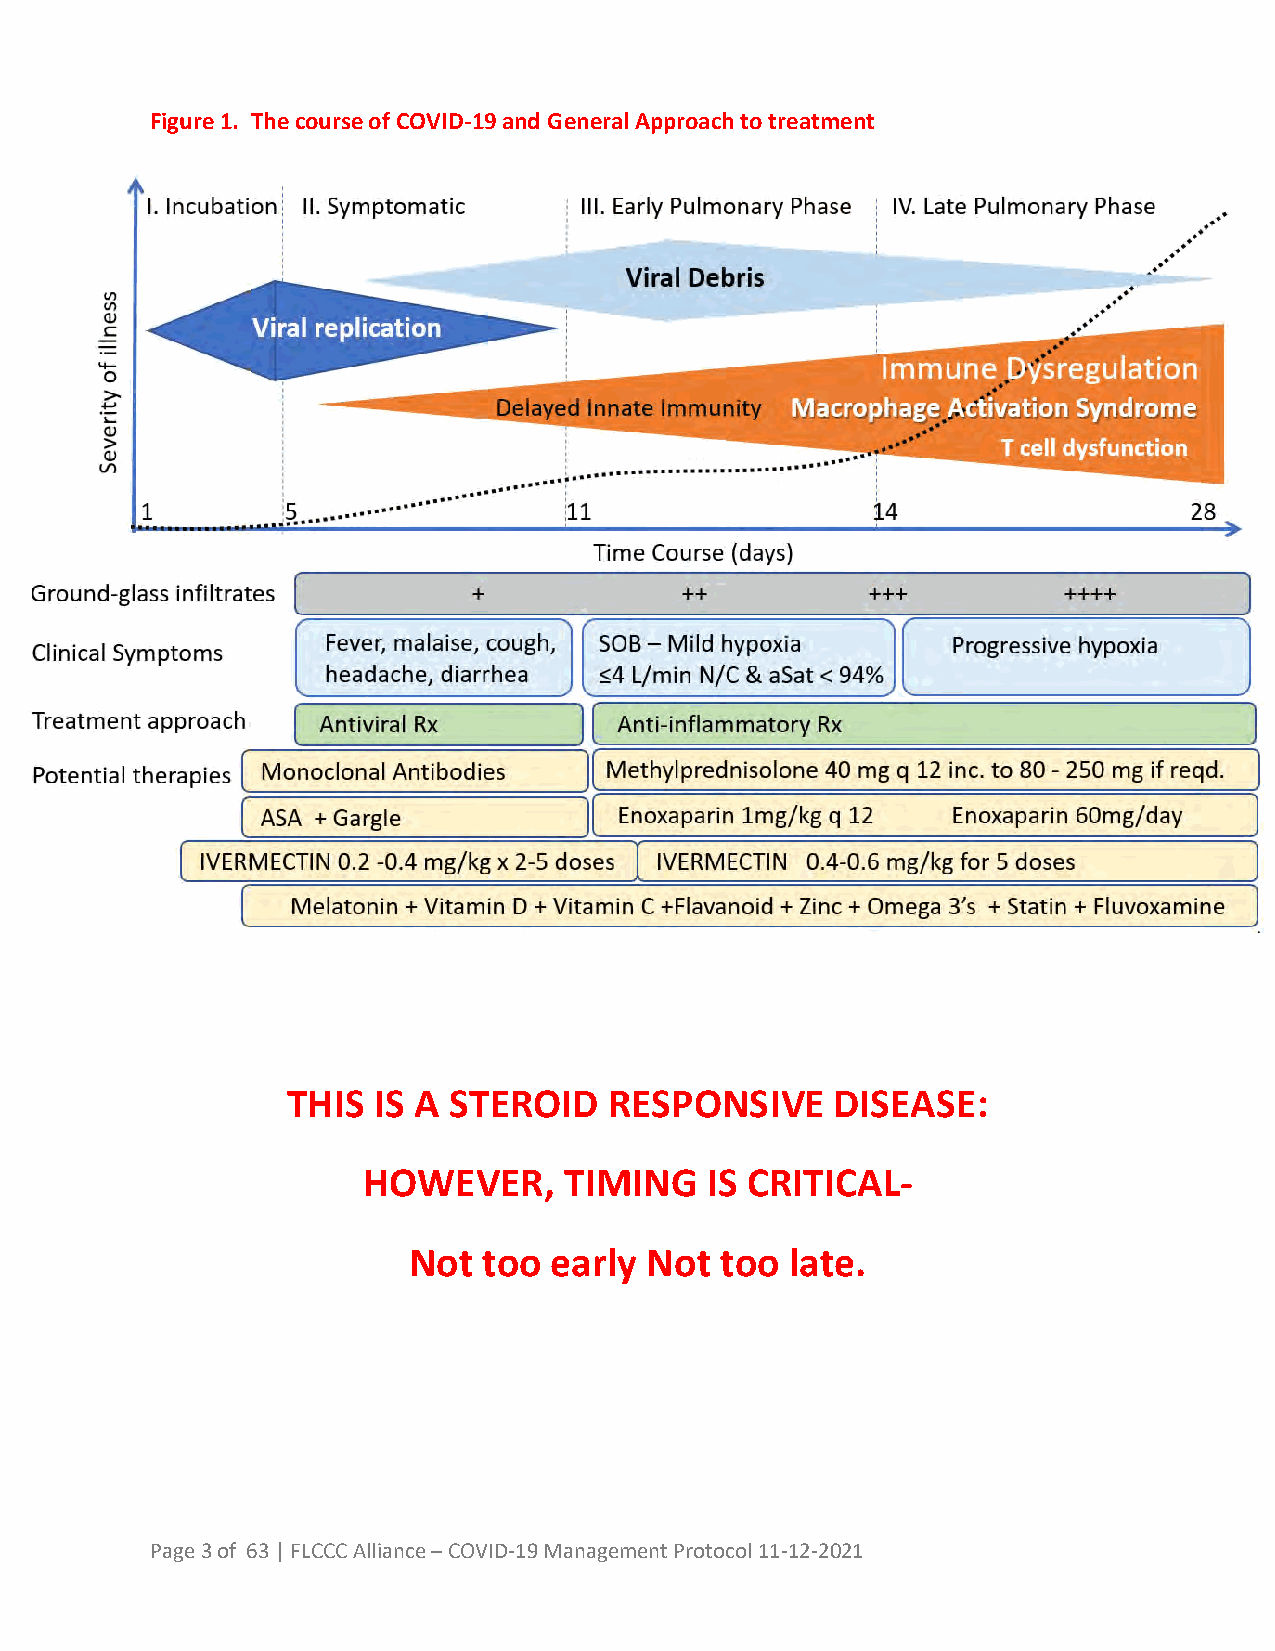
Figure 1. The course of COVID-19 and General Approach to treatment
 THIS  IS A STEROID   RESPONSIVE     DISEASE:
 HOWEVER,     TIMING    IS CRITICAL-
 Not  too early  Not  too late.
 Page 3 of 63 | FLCCC Alliance – COVID-19 Management Protocol 11-12-2021